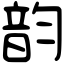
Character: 韵